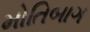
મોતિબાગ